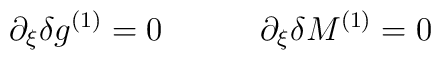
\partial_\xi   \delta g^{(1)} = 0 \qquad \quad \partial_\xi \delta M^{(1)} =0